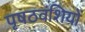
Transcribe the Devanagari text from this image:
पृषठवंशियों